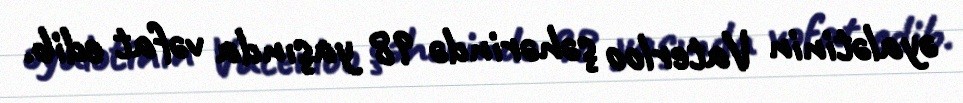
əyalətinin Vaterloo şəhərində 98 yaşında vəfat edib.